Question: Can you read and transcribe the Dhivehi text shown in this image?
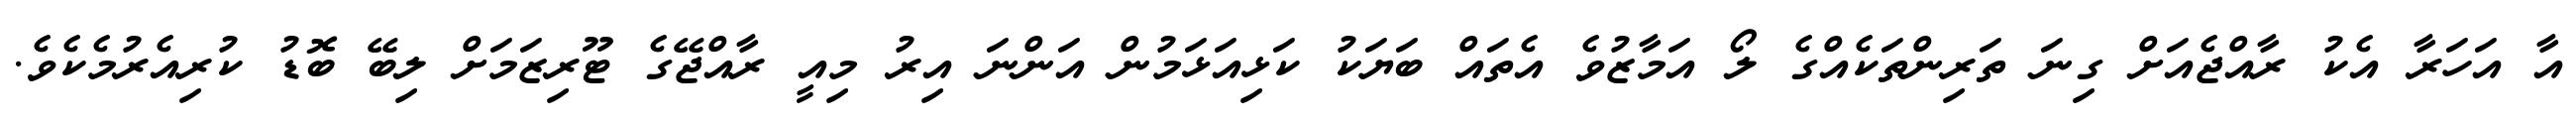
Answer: އާ އަހަރާ އެކު ރާއްޖެއަށް ގިނަ ތަރިންތަކެއްގެ ލޯ އަމާޒުވެ އެތައް ބަޔަކު ކަޅިއަޅަމުން އަންނަ އިރު މިއީ ރާއްޖޭގެ ޓޫރިޒަމަށް ލިބޭ ބޮޑު ކުރިއެރުމެކެވެ.